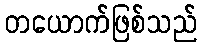
တယောက်ဖြစ်သည်